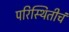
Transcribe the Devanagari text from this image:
परिस्थितीचं